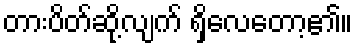
တားပိတ်ဆို့လျက် ရှိလေတော့၏။